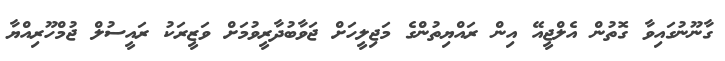
ގާނޫނުގައިވާ ގޮތުން އެލްޖީއޭ އިން ރައްޔިތުންގެ މަޖިލީހަށް ޖަވާބުދާރީވުމަށް ވަޒީރަކު ރައީސުލް ޖުމްހޫރިއްޔާ